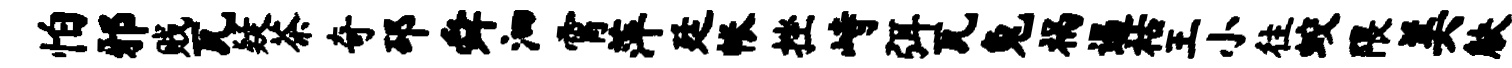
怕邪贱瓦疑茶奇邳舜泗霄萍廷帐挫峙弭瓦兔祸遏祜王小往蛟隈美觖